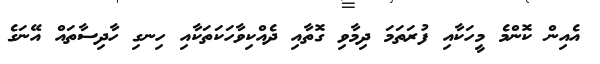
އެއިން ކޮންމެ މީހަކާއި ފުރަތަމަ ދިމާވި ގޮތާއި ދެއްކިވާހަކަތަކާއި ހިނގި ހާދިސާތައް އޭނަގެ